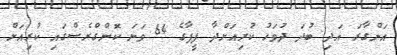
އަންގާރަ އަދި ބުދަ ދުވަހު ކުރިއަށްދާ ފީފާގެ 64 ވަނަ ކޮންގްރެސްގައި ކުރިއަށް